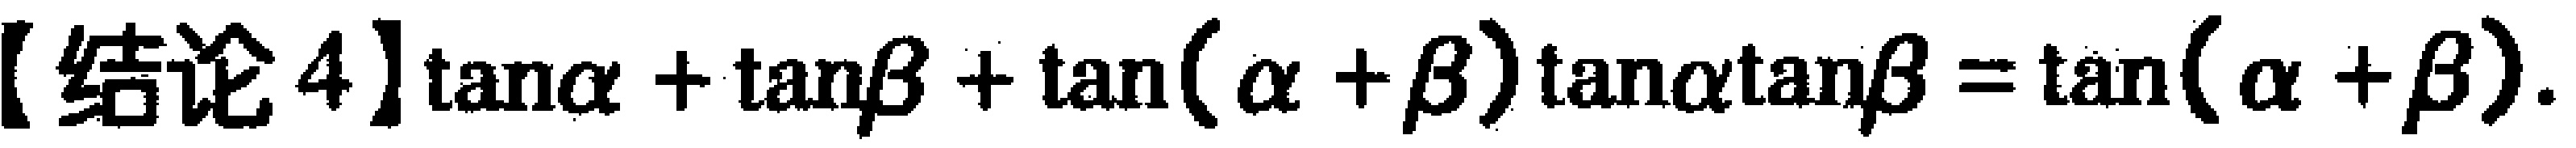
【结论4】$\tan\alpha +\tan\beta+\tan(\alpha + \beta)\tan\alpha\tan\beta=\tan(\alpha + \beta)$.